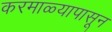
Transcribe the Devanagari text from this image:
करमाळ्यापासून